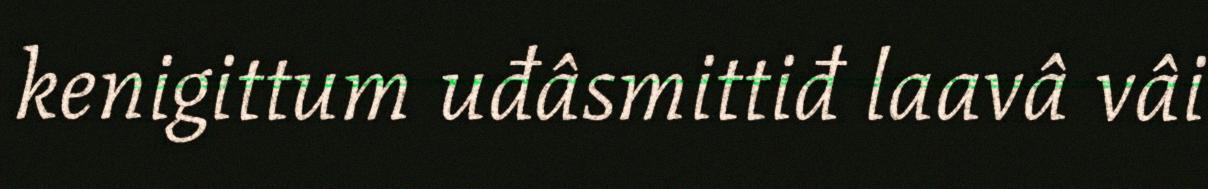
kenigittum uđâsmittiđ laavâ vâi